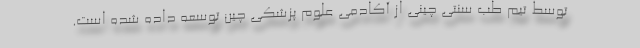
توسط تیم طب سنتی چینی از آکادمی علوم پزشکی چین توسعه داده شده است.